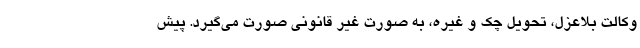
وکالت بلاعزل، تحویل چک ‌و غیره، به صورت غیر قانونی صورت می‌گیرد. پیش